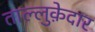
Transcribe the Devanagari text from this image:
ताल्लुक़ेदार